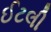
ઈટલી